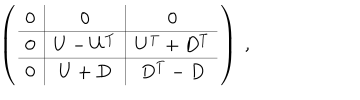
LaTeX: \left( \begin{array} { c | c | | c } { { 0 } } & { { 0 } } & { { 0 } } \\ \hline { { 0 } } & { { U - U ^ { T } } } & { { U ^ { T } + D ^ { T } } } \\ \hline { { \hline 0 } } & { { U + D } } & { { D ^ { T } - D } } \\ \end{array} \right) ~ ,